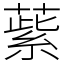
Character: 䔝